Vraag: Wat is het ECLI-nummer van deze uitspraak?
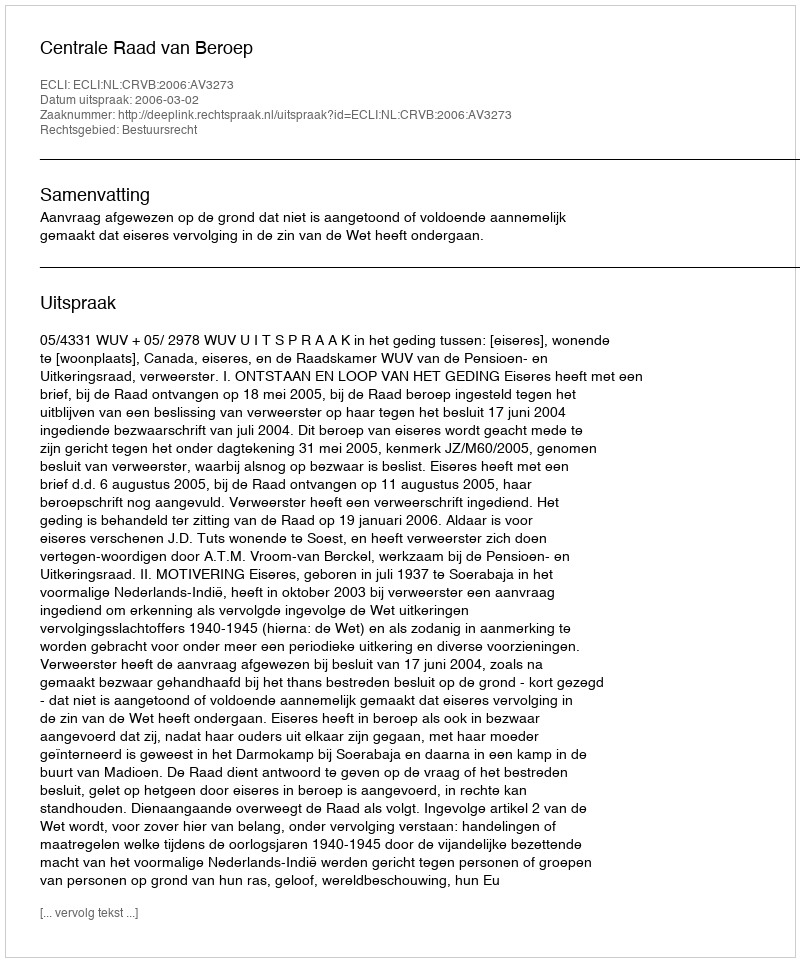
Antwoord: ECLI:NL:CRVB:2006:AV3273